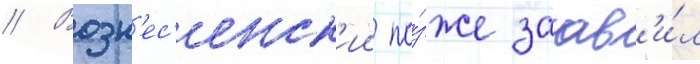
// Возн'ес'енск'ии по́зже заав'и́л